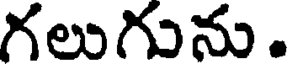
గలుగును.